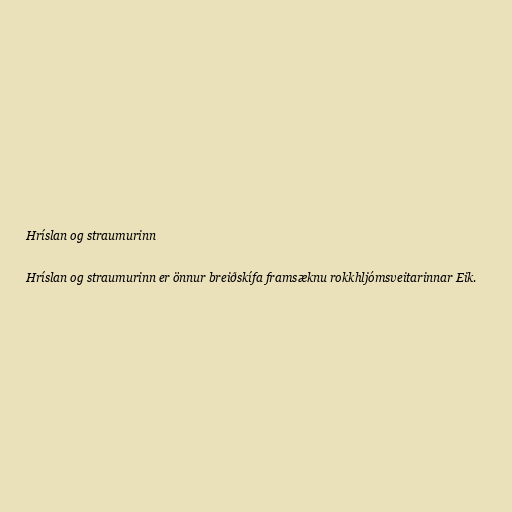
Hríslan og straumurinn

Hríslan og straumurinn er önnur breiðskífa framsæknu rokkhljómsveitarinnar Eik.